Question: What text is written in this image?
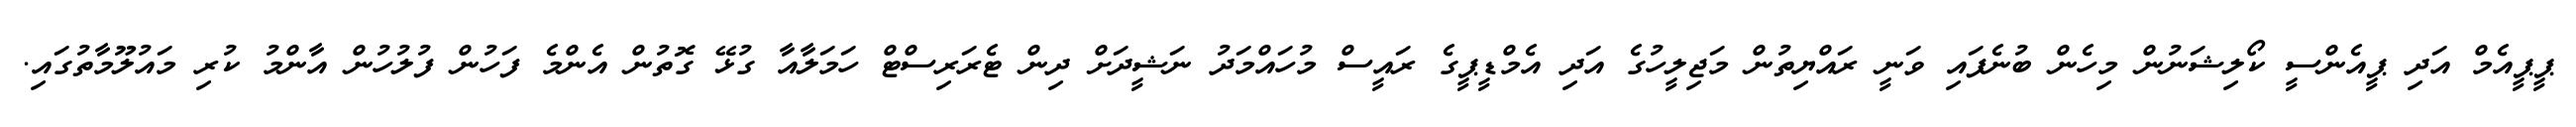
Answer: ޕީޕީއެމް އަދި ޕީއެންސީ ކޯލިޝަނުން މިހެން ބުނެފައި ވަނީ ރައްޔިތުން މަޖިލީހުގެ އަދި އެމްޑީޕީގެ ރައީސް މުހައްމަދު ނަޝީދަށް ދިން ޓެރަރިސްޓް ހަމަލާއާ ގުޅޭ ގޮތުން އެންމެ ފަހުން ފުލުހުން އާންމު ކުރި މައުލޫމާތުގައި.